Annual statistical returns and brief notes on vaccination in Bengal - 1896-1909
Year: 1896
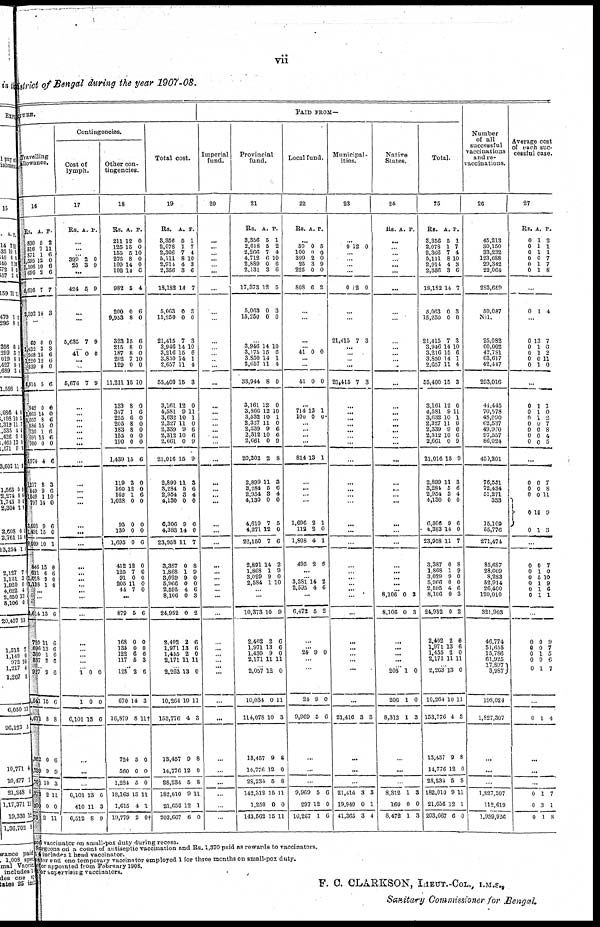
vii
District of Bengal during the year 1907-08.
ITURE.
Travelling
allowance.
16
Rs.
530
516
871
1,595
1,106
696
5,616
2,392
A.
5
7
1
12
10
2
7
14
P.
2
11
6
0
6
6
7
3
...
60
1,432
968
1,220
839
6,914
942
1,065
1,057
586
730
691
900
5,974
1,217
849
1,049
797
3,603
1,491
8,009
846
611
1,018
1,138
0
3
15
12
8
5
0
14
8
15
1
13
0
4
8
9
1
14
9
15
10
18
6 9
1
0
3
6
6
0
6
0
0
6
0
6 6
0
6
3
6
10
0
6
0
1
0
6 0
0
...
...
8,614
720
696
360
837
13
11
13
1
2
6
6
6 6
6
... 927
8,541
1,671
962
739
701
373
300
73
2
15
8
0
9
10
2
0
2
6
6
8
6
9
3
11
0
11
PAID FROM—
Contingencies.
Cost of
lymph.
17
Rs. A. P.
...
...
...
399
25
2
3
0
9
...
424 5 9
...
...
5,635 7 9
... 41 0 0
...
...
5,676 7 9
...
...
...
...
...
...
...
...
...
... ... ...
...
...
...
...
...
... ...
...
...
...
...
...
...
...
... 1
1
6,101
0
0
13
0
0
6
...
...
...
6,101
410
6,513
13
11
8
6
3
9
Other con-
tingencies.
18
Rs.
211
125
155
276
109
102
982
200
9,953
323
215
187
202
129
11,211
133
317
255
205
183
155
190
1,439
119
160 162
1,028
95
130
1,695
412
125
91
205
44
A.
12
15
5
8
14
14
5
0
8
15
8
8
7
0
15
8
1
6
8
8
0
0
15
3
12 1
0
0
0
0
12
7
0
11
7
P.
0
0
10
0
0
6
4
6
0
6
0
0
10
0
10
0
6
0
0
0
0
0
6
0
0 6
0
0
0
6
0
6
0
0
0
...
879
168
135
122
117
5
0
0
6
5
6
0
0
6
3
...
128
670
16,879
724
560
1,284
18,163
1,615
19,779
2
14
8
5
0
5
13
4
2
6
3
11†
0
0
0
11
1
0†
Total cost.
19
Rs.
3,356
2,078
2,366
5,111
2,914
2,356
18,182
5,063
15,250
21,415
3,946
3,216
3,850
2,657
55,400
3,161
4,581
3,632
2,327
2,339
2,312
2,661
21,016
2,899
3,284 2,954
4,130
6,306
4,383
23,958
3,387
1,868
3,029
5,966
2,595
8,106
24,952
2,402
1,971
1,455
2,171
A.
5
1
7
8
4
3
14
0
0
7
14
15
14
11
15
12
9
10
11
9 10
0
15
11
5 3 0
9
14
11
0
1
9
0
4
0
0
2
13
2
11
P.
1
7
4
10
3
6
7
3
0
3
10
6
1
4
3
0
11
1
0
6
6 9
9
3
6
4
0
6
0
7
8
9
0
0
6
3
2
6
6
0
11
... 2,263
10,264
153,776
13,457
14,776
28,234
182,010
21,656
203,667
13
10
4
9
12
5
9
12
6
0
11
3
8
0
8
11
1
0
Imperial
fund.
20
...
...
...
...
... ...
...
...
...
...
...
...
...
...
...
...
...
...
... ...
...
...
...
...
... ...
...
...
...
...
...
...
...
...
...
...
...
...
... ...
...
...
...
...
...
...
...
...
...
...
...
Provincial
fund.
21
Rs.
3,356
2,018
2,266
4,712
2,889
2,131
17,373
5,063
15,250
A.
5
5
7
6
0
3
12
0
0
P.
1
2
4
10
6
6
5
3
0
... 3,946
3,175
3,850
2,657
33,944
3,161
3,866
3,532
2,327
2,339
2,312
2,661
20,202
2,899
3,284 2,954
4,130
4,610
4,271
22,150
2,891
1,868
3,029
2,584
14
15
14
11
8
12
12
10
11
9 10
0
2
11
5 3
0
7
12
7
14
1
9
1
10
6
1
4
0
0
10
1
0
6 6
9
8
8
6 4
0
5
0
6
2
9
0
10
...
...
10,373
2,402
1,971
1,430
2,171
10
2
13
9
11
9
6
6
0
11
... 2,057
10,034
114,078
13,457
14,776
28,234
142,312
1,250
143,562
12
0
10
9
12
5
15
0
15
0
11
3
8
0
8
11
0
11
Local fund.
22
Rs. A. P.
...
59
100
399
25
225
808
0
0
2
3
0
6
5
0
0
9
0
2
...
...
...
... 41 0 0
...
...
41 0 0
...
714
100
13
0
1
0
...
...
...
...
814 13 1
...
... ...
...
1,696
112
1,808
495
2
2
4
2
1
0
1
6
...
... 3,381
2,595
14
4
2
6
...
6,472 5 2
...
...
24 9 0
...
...
...
24
9,969
9
5
0
6
...
...
...
9,969
297
10,267
5
12
1
6
0
6
Municipal-
ities.
23
...
0 12 0
...
...
...
...
0 12 0
...
...
21,415 7 3
...
...
... ...
21,415 7 3
...
...
...
...
...
...
...
...
...
... ... ...
...
...
...
...
...
...
... ...
...
...
...
...
... ...
...
...
...
21,416 3 3
...
...
...
21,416
19,949
41,365
3
0
3
3
1
4
Native
States.
24
Rs. A. P.
...
...
... ...
...
...
...
...
...
...
...
... ...
...
...
...
...
... ...
...
... ...
...
...
... ... ...
...
...
...
...
...
...
... ...
8,106
8,106
0
0
3
3
...
...
... ...
... 206
206
8,312
1
1
1
0
0
3
...
...
...
8,312
160
8,472
1
0
1
3
0
3
Total.
25
Rs.
3,356
2,078
2,366
5,111
2,914
2,356
18,182
5,063
15,250
21,415
3,946
3,216
3,850
2,657
55,400
3,161
4,581
3,632
2,327
2,339
2,312
2,661
21,016
2,899
3,284
2,954
4,130
6,306
4,383
23,958
3,387
1,868
3,029
5,966
2,595
8,106
24,952
2,402
1,971
1,455
2,171
A.
5
1
7
8
4
3
14
0
0
7
14
15
14
11
15
12
9
10
11
9
10
0
15
11
5
3
0
9
14
11
0
1
9
0
4
0
0
2
13
2
11
P.
1
7
4
10
3
6
7
3
0
3
10
6
1
4
3
0
11
1
0
6
6
9
9
3
6
4
0
6
0
7
8
9
0
0
6
3
2
6
6
0
11
... 2,263
10,264
153,776
13,457
14,776
28,234
182,010
21,656
203,667
13
10
4
9
12
5
9
12
6
0
11
3
8
0
8
11
1
0
Number
of all
successful
vaccinations
and re-
vaccinations.
26
45,213
30,150
33,232
123,688
29,342
22,064
283,689
59,087
Nil
25,082
60,002
42,781
63,617
42,447
293,016
44,445
70,578
48,090
62,537
49,970
97,557
86,024
450,201
76,551
72,434
51,271
333
15,109
55,776
271,474
85,687
28,609
8,283
52,914
26,400
120,010
321,903
46,774
51,655 15,786
61,925
17,897
3,987
198,024
1,827,307
...
...
...
1,827,307
112,619
1,939,926
Average cost
of cach suc-
cessful case.
27
Rs.
0
0
0
0
0
0
A.
1
1
1
0
1
1
P.
2
1 1
7
7
8
...
0 1 4
...
0
0
0
0
0
13
1
1
0
1
7
0 2
11
0
...
0
0
0 0
0 0
0
1
1
1
0
0
0
0
1
0
2
7
8
4
5
...
0
0
0
0
0
0
0
0
16
1
7
8
11
9
3
...
0
0 0
0
0
0
0
1
5
1 1
1
7
0
10
9 6
1
...
0
0
0
0
0
0
0
1
0
1
9
7
5
6
7
...
0 1 4
...
...
...
0
0
0
1
3
1
7
1
8
led vaccinator on small-pox duty during recess.
Surgeons on a count of antiseptic vaccination and Rs. 1,370 paid as rewards to vaccinators.
4 includes 1 head vaccinator.
nator and one temporary vaccinator employed 1 for throe months on small-pox duty,
nator appointed from February 1903.
or supervising vaccinators.
F. C. CLARKSON, LIEUT.-CoL., I.M.S.,
Sanitary Commissioner for Bengal.